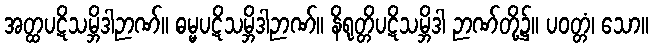
အတ္ထပဋိသမ္ဘိဒါဉာဏ်။ ဓမ္မပဋိသမ္ဘိဒါဉာဏ်။ နိရုတ္တိပဋိသမ္ဘိဒါ ဉာဏ်တို့၌။ ပဝတ္တံ၊ သော။